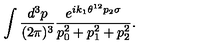
\int \frac { d ^ { 3 } p } { ( 2 \pi ) ^ { 3 } } \frac { e ^ { i k _ { 1 } \theta ^ { 1 2 } p _ { 2 } \sigma } } { p _ { 0 } ^ { 2 } + p _ { 1 } ^ { 2 } + p _ { 2 } ^ { 2 } } .